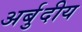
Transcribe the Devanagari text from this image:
अर्बुदीय